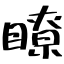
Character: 瞭